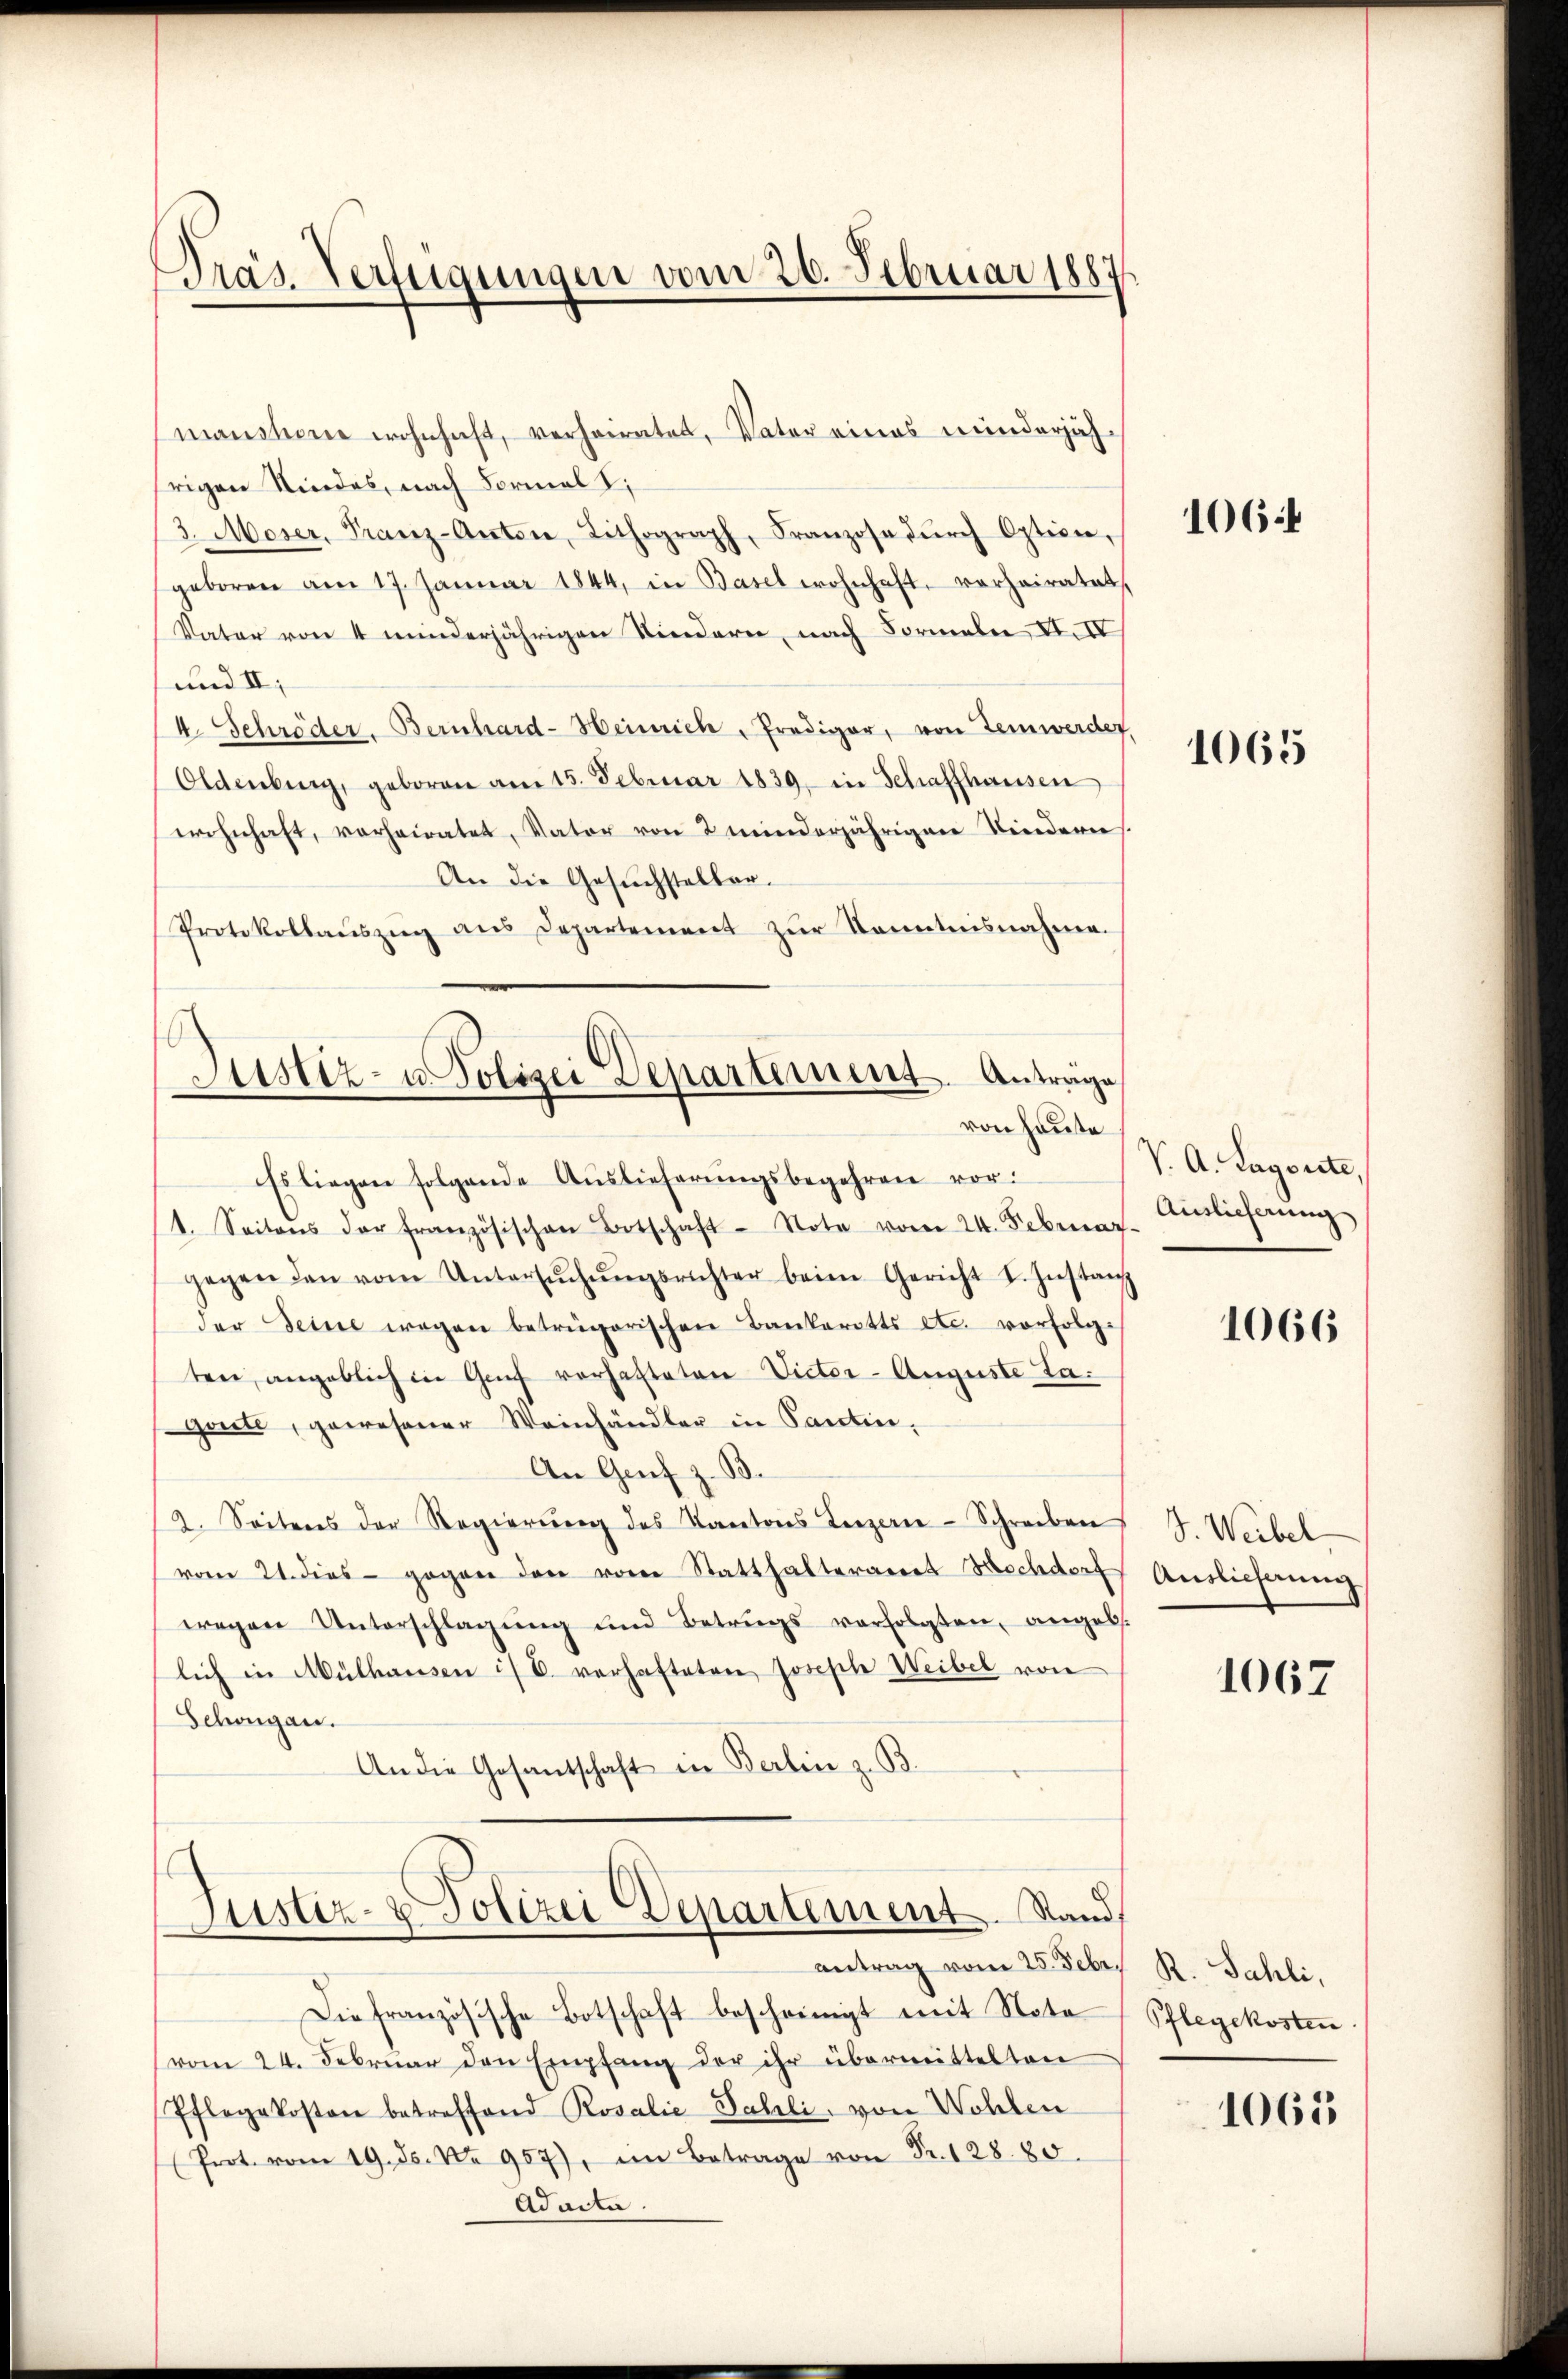
PPräs. Verfügungen vom 26. Februar 1887

manstone wohnhaft, verheiratet, Vater eines minderjähfrigen Kindes, nach Formal
3. Moser, Franz-Anton, Lithograph, Franzose dŭrch Option,
geboren am 17. Januar 1844, in Basel wohnhaft, vorheiratet,
Vater von 4 minderjährigen Kindere, nach Formeln VI. IV
und II,
V. Schröder. Bernhard-Heinrich, Prediger, von Temwerden,
Oldenberg, geboren am 15. Februar 1839, in Schaffhausen
erohnhaft, vorheiratet, Vater von 2 minderjährigen Kindern
An die Gesŭchsteller.
Protokollaŭszŭg ans Departement zur Kenntnisnahme.

Justiz- u. Polizei Departement. Antrage
von heute

Es liegen folgende Auslieferŭngsbegehren vor.
1. Seitens der französischen Botschaft Note vom 24. Februar
gegen den vom Untersŭchŭngsrichter beim Gericht I. Instan
der Seine wegen betrügerischen Bankerotts etc. vorfolge
ten, angeblich in Genf vorhafteten Victor-Auguste Lagerte, gewesener Weinhändler in Tantin,
An Genf z. B.
2. Seitens der Regierŭng des Kantons Luzern-Schreiben
vom 21. dies gegen den vom Statthalteramt Hochdorf
wegen Unterschlagŭng und Betrugs verfolgten, angeb.
lich in Mülhausen is E. verhafteten Joseph Weibel von
Schongau.
An die Gesandschaft in Berlin z. B.
Justiz- & Polizei Departement. Stand
antrag vom 25. Febr. R. Sahli,
Die französische Botschaft bescheinigt mit Nota
vom 24. Februar den Empfang der ihr übermittelten
Pflegekosten betreffend Rosalie Sahli, von Wohlen
(Prot. vom 19. Js. No 957), im Betrage von Fr. 128. 80.
Adacta.

1064

1065

V. A. Lagerte,
Auslieferung

1066

J. Weibel
Auslieferung

1067

Pflegekosten

1065